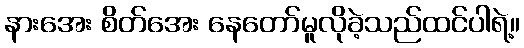
နားအေး စိတ်အေး နေတော်မူလိုခဲ့သည်ထင်ပါရဲ့။